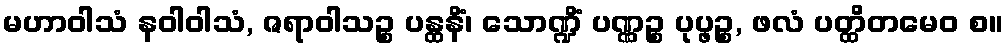
မဟာဝါသံ နဝါဝါသံ, ဇရာဝါသဉ္စ ပန္ထနိံ၊ သောဏ္ဍိံ ပဏ္ဏဉ္စ ပုပ္ဖဉ္စ, ဖလံ ပတ္ထိတမေဝ စ။